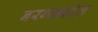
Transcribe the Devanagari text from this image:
बरगड्यांत